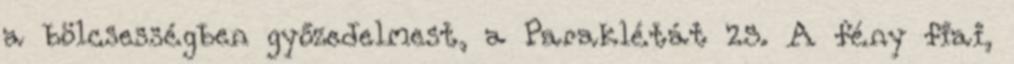
a bölcsességben győzedelmest, a Paraklétát 25. A fény fiai,